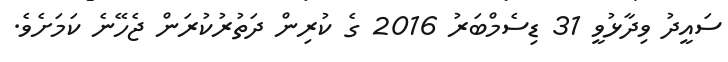
ސައީދު ވިދާޅުވީ 31 ޑިސެމްބަރު 2016 ގެ ކުރިން ދަތުރުކުރަން ޖެހޭނެ ކަމަށެވެ.